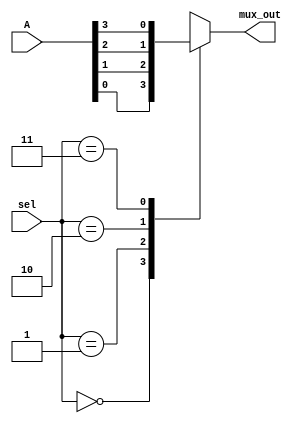
module mux4to1 (A, sel, mux_out);

input [3:0] A;
input [1:0] sel;
output reg mux_out ;

always@(A, sel) begin
case(sel)
2'b00:mux_out=A[0];
2'b01:mux_out=A[1];
2'b10:mux_out=A[2];
2'b11:mux_out=A[3];

endcase
end
endmodule